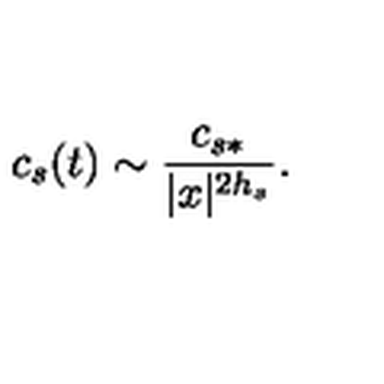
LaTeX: c _ { s } ( t ) \sim \frac { c _ { s * } } { | x | ^ { 2 h _ { s } } } .